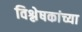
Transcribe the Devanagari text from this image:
विश्लेषकांच्या